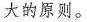
大的原则。